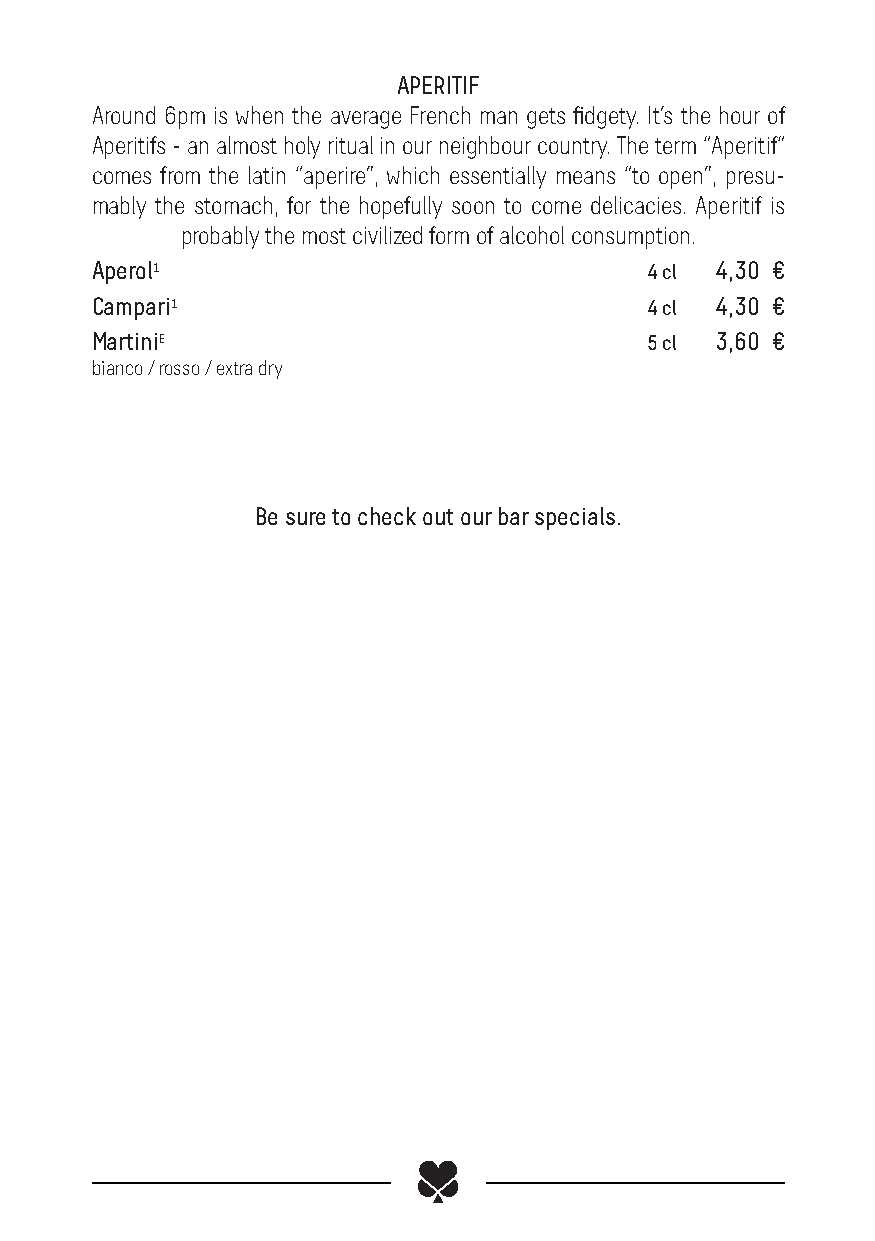
APERITIF
 Around 6pm is when the average French man gets fidgety. It’s the hour of
 Aperitifs - an almost holy ritual in our neighbour country. The term “Aperitif“
 comes from the latin “aperire”, which essentially means “to open”, presu-
 mably the stomach, for the hopefully soon to come delicacies. Aperitif is
 probably the most civilized form of alcohol consumption.
 Aperol1                              4 cl 4,30 €
 Campari1                             4 cl 4,30 €
 MartiniE                             5 cl 3,60 €
 bianco / rosso / extra dry
 Be sure to check out our bar specials.